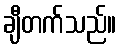
ချီတက်သည်။